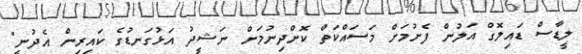
ލީޑާސް ޑައިލޮގް އަލުން ފެށުމަށް މަސައްކަތް ކޮށްދިނުމަށް ނަޝީދު އަޅުގަނޑުގެ ކައިރިން އެދުނީ"